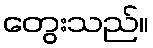
တွေးသည်။